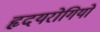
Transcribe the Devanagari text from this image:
हृदयरोगियों